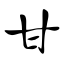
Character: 甘